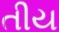
તીય